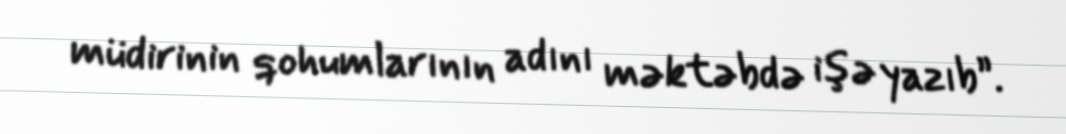
müdirinin qohumlarının adını məktəbdə işə yazıb”.